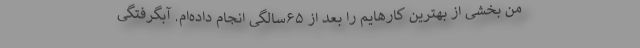
من بخشی از بهترین کارهایم را بعد از ۶۵سالگی انجام داده‌ام. آبگرفتگی